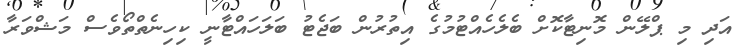
އަދި މި ޕްލޭން މޮނިޓާކޮށް ބެލެހެއްޓުމުގެ އިތުރުން ބަޖެޓު ބަލަހައްޓާނީ ކިހިނެތްތޯވެސް މަޝްވަރާ